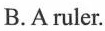
B.A ruler.